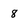
Character: 8